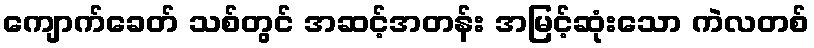
ကျောက်ခေတ် သစ်တွင် အဆင့်အတန်း အမြင့်ဆုံးသော ကဲလတစ်